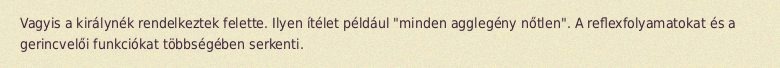
Vagyis a királynék rendelkeztek felette. Ilyen ítélet például "minden agglegény nőtlen". A reflexfolyamatokat és a gerincvelői funkciókat többségében serkenti.